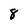
Character: 8